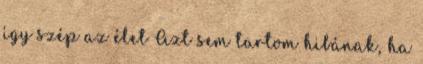
így szép az élet Azt sem tartom hibának, ha